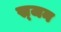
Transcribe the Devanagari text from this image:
स्र्जन